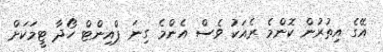
އޭގެ އިތުރުން ކޮންމެ ރެއަކު ވެސް އެންމެ ގިނަ ޕްއިންޓް ހޯދާ ޓީމަކަށް